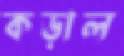
কড়াল